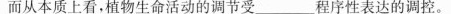
而从本质上看，植物生命活动的调节受___程序性表达的调控。